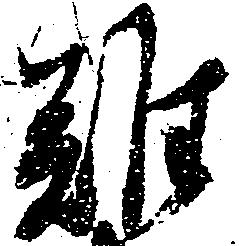
難